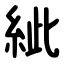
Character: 紪